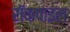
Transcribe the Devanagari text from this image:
रॉकपाइल